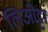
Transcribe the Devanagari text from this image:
लिओट्टा